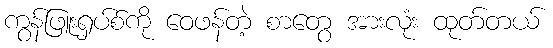
ကွန်ဖြူးရှပ်စ်ကို ဝေဖန်တဲ့ စာတွေ အားလုံး ထုတ်တယ်